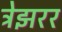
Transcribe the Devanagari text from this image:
ट्रेझरर